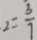
2 = \frac { 3 } { 7 }